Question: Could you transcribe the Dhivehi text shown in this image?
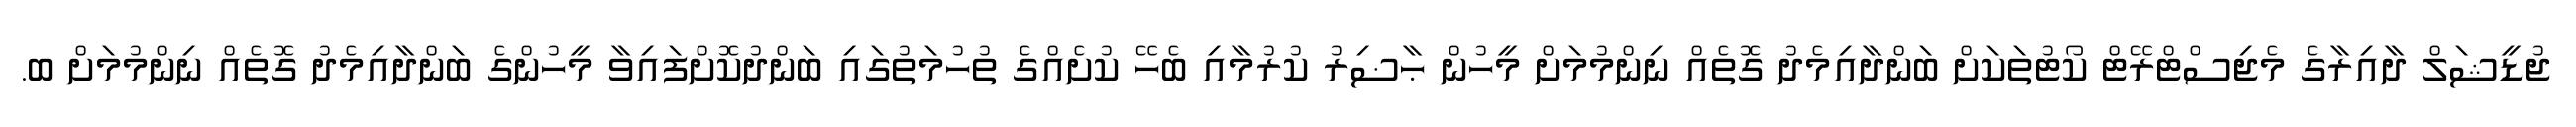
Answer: ޖުޑީޝަލް ދާއިރާގެ މެޖިސްޓްރޭޓް ކޯޓުތަކަށް ބަންދާއިމެދު ގޮތެއް ނިންމުމަށް މީހުން ޙާޟިރު ކުރުމާއި ބެހޭ ކުށެއްގެ ތުހުމަތުގައި ބަންދުކޮށްފައިވާ މީހުންގެ ބަންދާއިމެދު ގޮތެއް ނިންމުމަށް ބ.